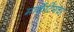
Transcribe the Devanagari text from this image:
मार्केटिंगचा